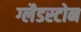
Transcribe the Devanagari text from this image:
ग्‍लैडस्‍टोन